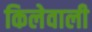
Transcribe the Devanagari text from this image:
किलेवाली